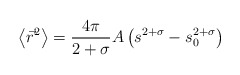
\begin{align*}\left\langle {\vec r^2} \right\rangle=\frac{4 \pi}{2+\sigma} A \left(s^{2 + \sigma} -s_0^{2+\sigma}\right)\end{align*}